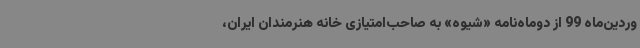
وردین‌ماه 99 از دوماه‌نامه «شیوه» به صاحب‌امتیازی خانه هنرمندان ایران،